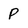
Character: p